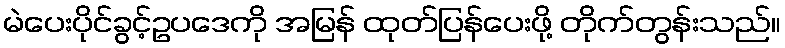
မဲပေးပိုင်ခွင့်ဥပဒေကို အမြန် ထုတ်ပြန်ပေးဖို့ တိုက်တွန်းသည်။